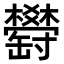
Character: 𦉤